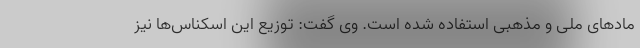
مادهای ملی و مذهبی استفاده شده است. وی گفت: توزیع این اسکناس‌ها نیز